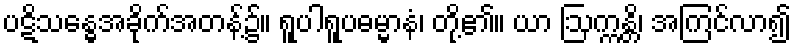
ပဋိသန္ဓေအခိုက်အတန့်၌။ ရူပါရူပဓမ္မာနံ၊ တို့၏။ ယာ ဩက္ကန္တိ၊ အကြင်လာ၍